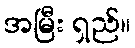
အမြီး ရှည်။